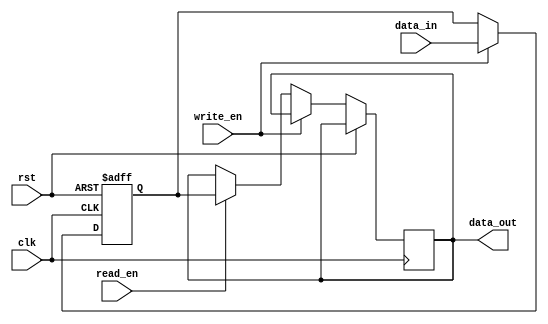
module NVRAM (
    input wire clk,         // Clock signal
    input wire rst,         // Reset signal
    input wire write_en,    // Write enable signal
    input wire read_en,     // Read enable signal
    input wire [7:0] data_in,   // Input data
    output reg [7:0] data_out   // Output data
);

reg [7:0] memory_data;   // Data stored in flip-flops
reg [7:0] nv_memory[255:0]; // Non-volatile memory cells (e.g., EEPROM)
reg [7:0] error_corr_data; // Data after error detection and correction

// Sequential logic for NVRAM
always @(posedge clk or posedge rst) begin
    if (rst) begin
        memory_data <= 8'b0;   // Reset memory data
    end else if (write_en) begin
        memory_data <= data_in; // Write data to memory
    end else if (read_en) begin
        data_out <= memory_data; // Read data from memory
    end
end

// Additional circuitry for managing non-volatile memory (e.g., EEPROM)
// Code for managing and writing data to nv_memory

// Error detection and correction circuitry
// Code for error detection and correction

endmodule